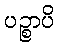
ပဉ္စာပိ